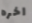
اخره